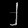
Digit: ၂